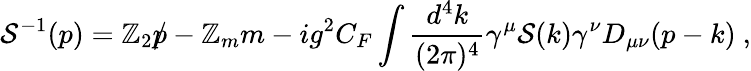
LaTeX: {\mathcal{S}}^{-1}(p)=\mathbb{Z}_{2}\rlap{p}/-\mathbb{Z}_{m}m-ig^{2}C_{F}\int\frac{{d^{4}k}}{{(2\pi)^{4}}}\gamma^{\mu}{\mathcal{S}}(k)\gamma^{\nu}D_{\mu\nu}(p-k)~,